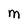
Character: M